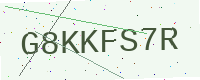
Text: G8KKFS7R